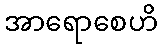
အာရောစေဟိ